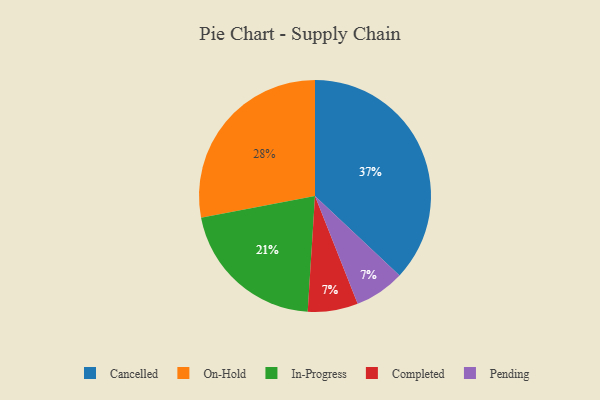
{"axis": {"x": "Category", "y": "Percentage"}, "legend": ["Cancelled", "Completed", "In-Progress", "On-Hold", "Pending"], "data": [{"x": "Completed", "y": 7, "type": "Completed"}, {"x": "Pending", "y": 7, "type": "Pending"}, {"x": "Cancelled", "y": 37, "type": "Cancelled"}, {"x": "In-Progress", "y": 21, "type": "In-Progress"}, {"x": "On-Hold", "y": 28, "type": "On-Hold"}]}